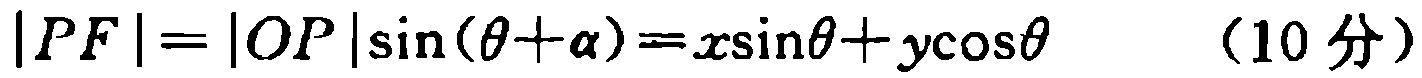
\(|PF| = |OP|\sin(\theta + \alpha)=x\sin\theta + y\cos\theta\ \ \ (10\text{ 分})\)